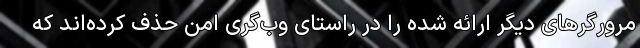
مرورگرهای دیگر ارائه شده را در راستای وب‌گری امن حذف کرده‌اند که